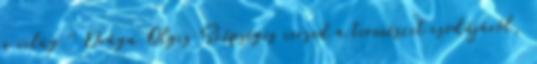
a világ.'' Drága Olgis Szépséges versed a természet csodájáról,